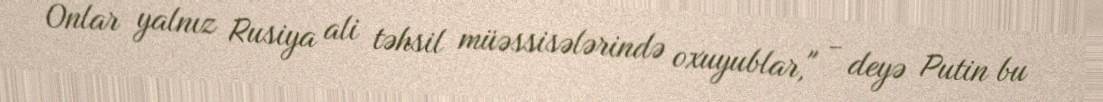
Onlar yalnız Rusiya ali təhsil müəssisələrində oxuyublar," - deyə Putin bu